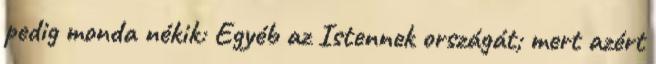
pedig monda nékik: Egyéb az Istennek országát; mert azért